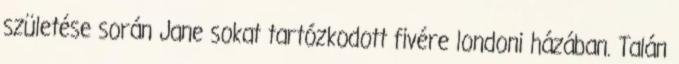
születése során Jane sokat tartózkodott fivére londoni házában. Talán